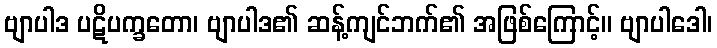
ဗျာပါဒ ပဋိပက္ခတော၊ ဗျာပါဒ၏ ဆန့်ကျင်ဘက်၏ အဖြစ်ကြောင့်။ ဗျာပါဒေါ၊